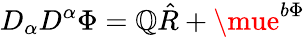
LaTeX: D_{\alpha}D^{\alpha}\Phi=\mathbb{Q}\hat{{R}}+\mue^{b\Phi}